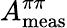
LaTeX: A_{\mathrm{meas}}^{\pi\pi}